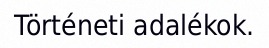
Történeti adalékok.